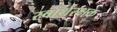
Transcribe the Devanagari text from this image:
स्वार्थरक्षक